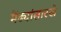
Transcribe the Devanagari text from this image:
मेंढ्यांसारखे